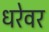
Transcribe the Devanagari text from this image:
धरेवर